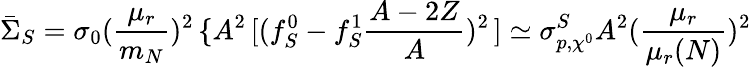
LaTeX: \bar{\Sigma}_{S}=\sigma_{0}(\frac{\mu_{r}}{m_{N}})^{2}\, \{ A^{2}\, [(f_{S}^{0}-f_{S}^{1}\frac{A-2Z}{A})^{2}\, ]\simeq\sigma_{p,\chi^{0}}^{S}A^{2}(\frac{\mu_{r}}{\mu_{r}(N)})^{2}